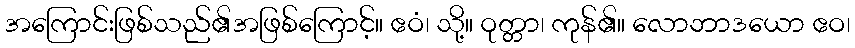
အကြောင်းဖြစ်သည်၏အဖြစ်ကြောင့်။ ဧဝံ၊ သို့။ ဝုတ္တာ၊ ကုန်၏။ လောဘာဒယော ဧဝ၊